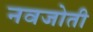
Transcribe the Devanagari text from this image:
नवजोती